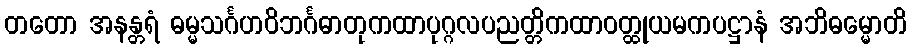
တတော အနန္တရံ ဓမ္မသင်္ဂဟဝိဘင်္ဂဓာတုကထာပုဂ္ဂလပညတ္တိကထာဝတ္ထုယမကပဋ္ဌာနံ အဘိဓမ္မောတိ